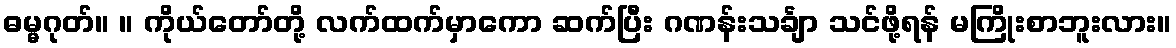
ဓမ္မဂုတ်။ ။ ကိုယ်တော်တို့ လက်ထက်မှာကော ဆက်ပြီး ဂဏန်းသင်္ချာ သင်ဖို့ရန် မကြိုးစာဘူးလား။